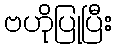
ဗဟိုပြုပြီး